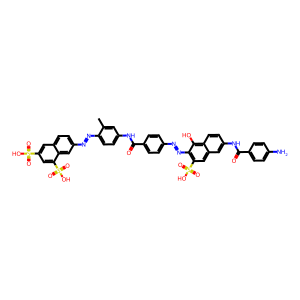
SMILES: Cc1cc(NC(=O)c2ccc(N=Nc3c(S(=O)(=O)O)cc4cc(NC(=O)c5ccc(N)cc5)ccc4c3O)cc2)ccc1N=Nc1ccc2cc(S(=O)(=O)O)cc(S(=O)(=O)O)c2c1
Inhibits HIV replication: Yes